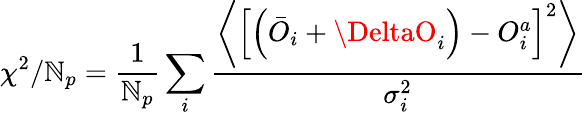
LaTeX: \chi^{2}/\mathbb{N}_{p}=\frac{{1}}{{\mathbb{N}_{p}}}\sum_{i}\frac{{\left\langle\left[\left(\bar{{O}}_{i}+\DeltaO_{i}\right)-O_{i}^{a}\right]^{2}\right\rangle}}{{\sigma_{i}^{2}}}